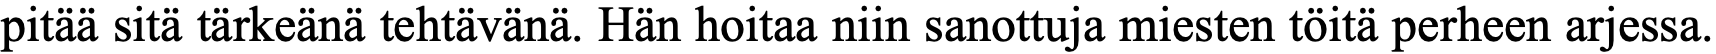
pitää sitä tärkeänä tehtävänä. Hän hoitaa niin sanottuja miesten töitä perheen arjessa.